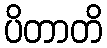
ပိတာတိ